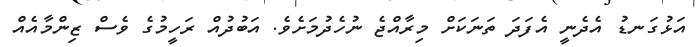
އަޅުގަނޑު އެދެނީ އެފަދަ ތަނަކަށް މިރާއްޖެ ނުހެދުމަށެވެ. އަބުދުއް ރަހީމުގެ ވެސް ޒިންމާއެއް